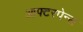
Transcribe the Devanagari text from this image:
आफ्टरपेन्स